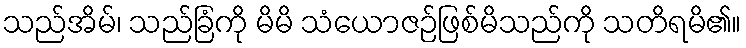
သည်အိမ်၊ သည်ခြံကို မိမိ သံယောဇဉ်ဖြစ်မိသည်ကို သတိရမိ၏။